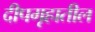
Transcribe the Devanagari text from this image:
दीपगृहातील